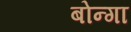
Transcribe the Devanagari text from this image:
बोन्‍गा